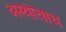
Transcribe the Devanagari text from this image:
अस्थीचाच